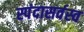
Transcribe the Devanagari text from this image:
स्पंदासर्वस्व